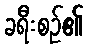
ခရီးစဉ်၏